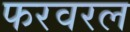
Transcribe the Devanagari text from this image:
फरवरल